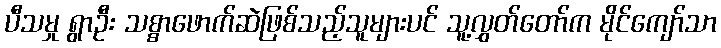
ပီသမှု ရွာဦး သစ္စာဖောက်ဆဲဖြစ်သည့်သူများပင် သူ့လွှတ်တော်က မိုင်ကျော်သာ